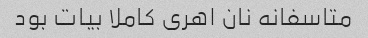
متاسفانه نان اهری کاملا بیات بود